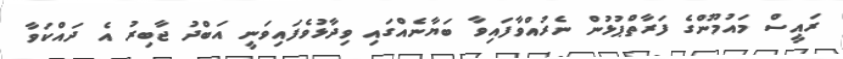
ރައީސް މައުމޫންގެ ފަރާތްޕުޅުން ނެރުއްވާފައިވާ ބަޔާނެއްގައި ވިދާޅުވެފައިވަނީ އަބްދު ޖާބިރު އެ ދައްކަވާ